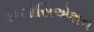
અસોસિએશન